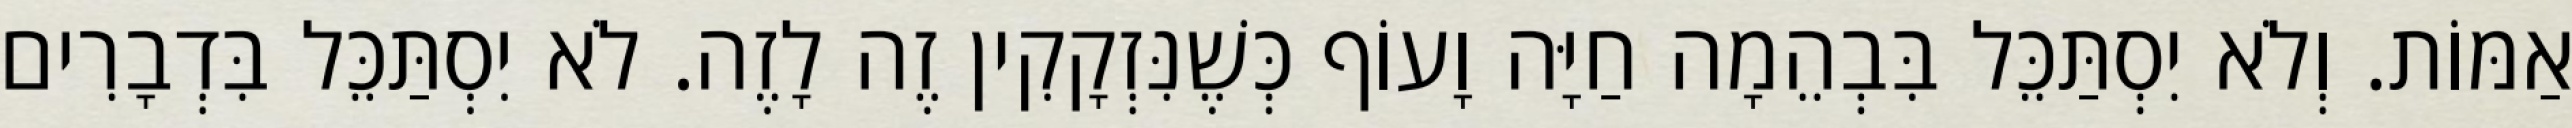
אַמּוֹת. וְלֹא יִסְתַּכֵּל בִּבְהֵמָה חַיָּה וָעוֹף כְּשֶׁנִּזְקָקִין זֶה לָזֶה. לֹא יִסְתַּכֵּל בִּדְבָרִים